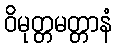
ဝိမုတ္တမတ္တာနံ